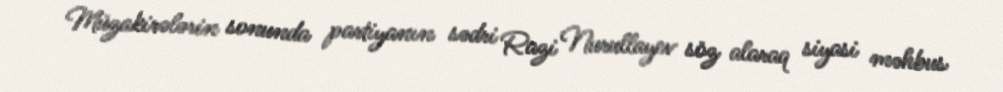
Müzakirələrin sonunda partiyanın sədri Razi Nurullayev söz alaraq siyasi məhbus